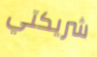
شريكتي